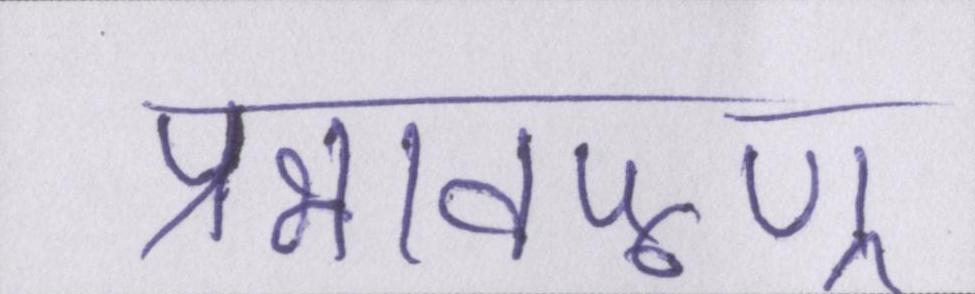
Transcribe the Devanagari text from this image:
प्रभावपूण्र